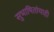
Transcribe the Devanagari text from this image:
सुभाषितांचाही